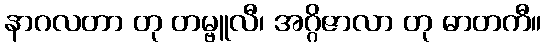
နာဂလတာ တု တမ္ဗူလီ၊ အဂ္ဂိဇာလာ တု ဓာတကီ။